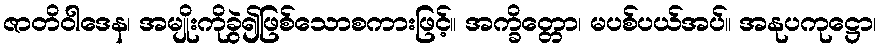
ဇာတိဝါဒေန၊ အမျိုးကိုခွဲ၍ဖြစ်သောစကားဖြင့်။ အက္ခိတ္တော၊ မပစ်ပယ်အပ်။ အနုပကုဋ္ဌော၊